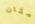
مكان